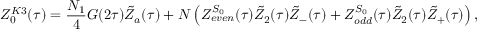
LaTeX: Z _ { 0 } ^ { K 3 } ( \tau ) = \frac { N _ { 1 } } { 4 } G ( 2 \tau ) { \tilde { Z } } _ { a } ( \tau ) + N \left( Z _ { e v e n } ^ { S _ { 0 } } ( \tau ) { \tilde { Z } } _ { 2 } ( \tau ) { \tilde { Z } } _ { - } ( \tau ) + Z _ { o d d } ^ { S _ { 0 } } ( \tau ) { \tilde { Z } } _ { 2 } ( \tau ) { \tilde { Z } } _ { + } ( \tau ) \right) ,